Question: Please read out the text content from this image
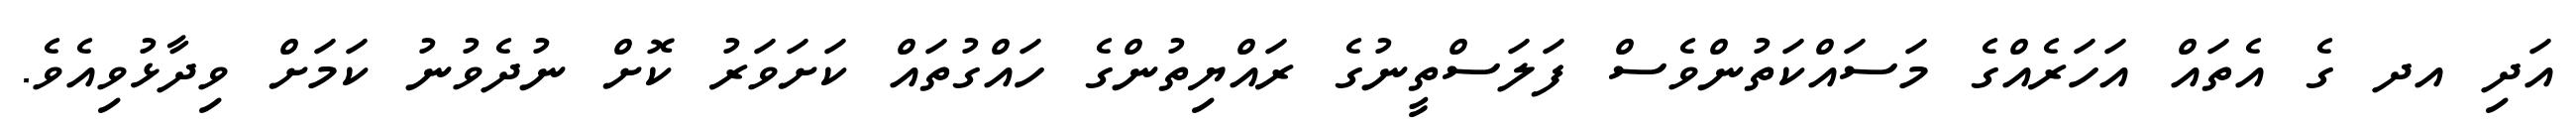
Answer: އަދި އދ ގެ އެތައް އަހަރެއްގެ މަސައްކަތުންވެސް ފަލަސްތީނުގެ ރައްޔިތުންގެ ހައްގުތައް ކަށަވަރު ކޮށް ނުދެވުނު ކަމަށް ވިދާޅުވިއެވެ.